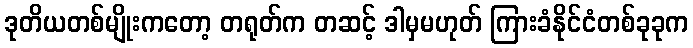
ဒုတိယတစ်မျိုးကတော့ တရုတ်က တဆင့် ဒါမှမဟုတ် ကြားခံနိုင်ငံတစ်ခုခုက